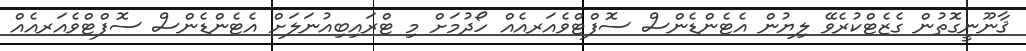
ޤާނޫނީގޮތުން ގެޒެޓްކުރެވޭ ލިޔުން އެޓެންޑެންސް ސޮފްޓްވެއަރއެއް ހޯދުމަށް މި ޓްރައިބިއުނަލަށް އެޓެންޑެންސް ސޮފްޓްވެއަރއެއް